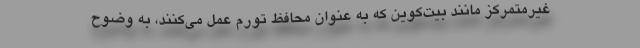
غیرمتمرکز مانند بیت‌کوین که به عنوان محافظ تورم عمل می‌کنند، به وضوح